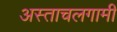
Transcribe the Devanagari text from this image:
अस्ताचलगामी